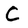
Character: C